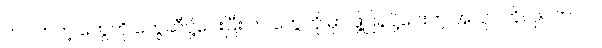
က လာတဲ့ တွေကို တွေဆီပို့ပေးပြီး က တွေကို မှာ ဖို့ပြန်ပို့ပေးတဲ့ အလုပ်ကိုလုပ်တာပါ။